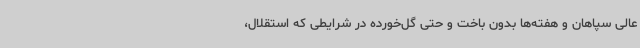
عالی سپاهان و هفته‌ها بدون باخت و حتی گل‌خورده در شرایطی که استقلال،